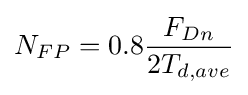
N_{FP}=0.8{F_{Dn} \over 2T_{d,ave}}